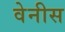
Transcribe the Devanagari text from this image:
वेनीस